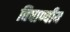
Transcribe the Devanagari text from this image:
विषाण्वीय